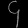
Digit: ၄